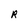
Character: R